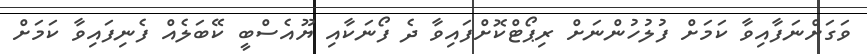
ވަގަށްނަފާއިވާ ކަމަށް ފުލުހުންނަށް ރިޕޯޓްކޮށްފައިވާ ދެ ފޯނަކާއި ޔޫއެސްބީ ކޭބަލެއް ފެނިފައިވާ ކަމަށް